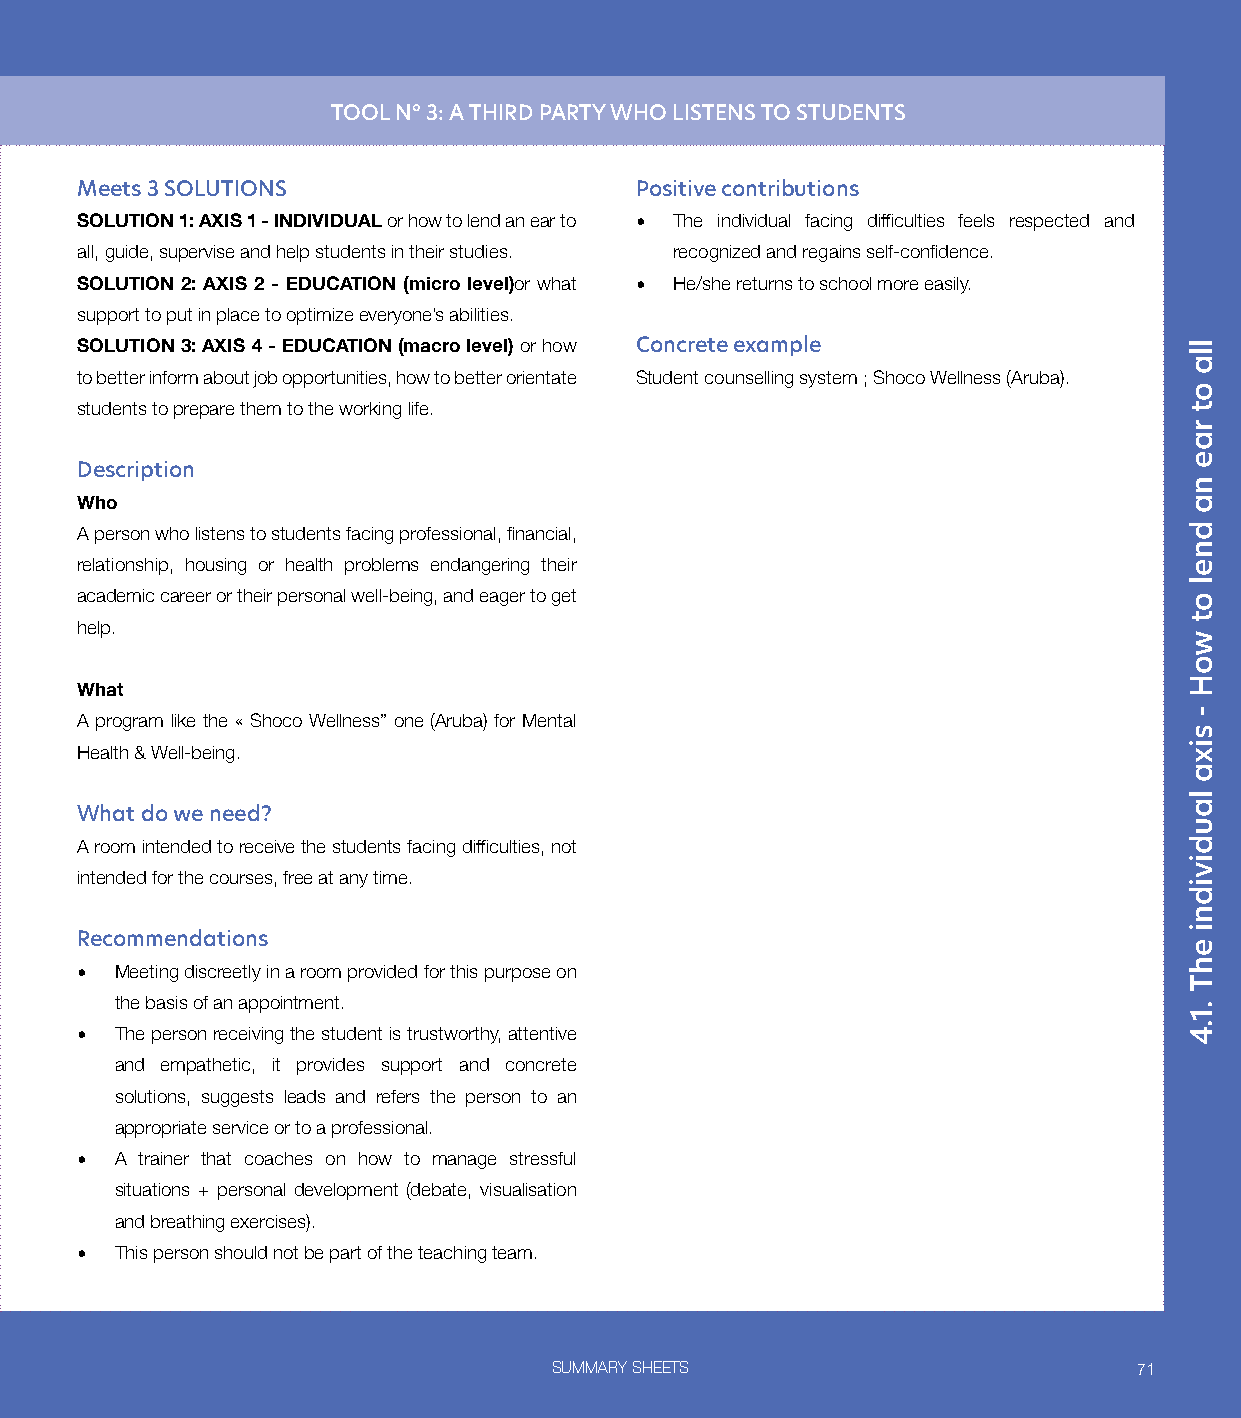
TOOL N° 3: A THIRD PARTY WHO LISTENS TO STUDENTS
 Meets 3 SOLUTIONS                    Positive contributions
 SOLUTION 1: AXIS 1 - INDIVIDUAL or how to lend an ear to • The individual facing difficulties feels respected and
 all, guide, supervise and help students in their studies. recognized and regains self-confidence.
 SOLUTION 2: AXIS 2 - EDUCATION (micro level)or what • He/she returns to school more easily.
 support to put in place to optimize everyone’s abilities.
 SOLUTION 3: AXIS 4 - EDUCATION (macro level) or how Concrete example
 to better inform about job opportunities, how to better orientate Student counselling system ; Shoco Wellness (Aruba).
 students to prepare them to the working life.
 Description
 Who
 A person who listens to students facing professional, financial,
 relationship, housing or health problems endangering their
 academic career or their personal well-being, and eager to get
 help.
 What
 A program like the « Shoco Wellness” one (Aruba) for Mental
 Health & Well-being.
 What do we need?
 A room intended to receive the students facing difficulties, not
 intended for the courses, free at any time.
 Recommendations
 •  Meeting discreetly in a room provided for this purpose on
 the basis of an appointment.
 •  The person receiving the student is trustworthy, attentive
 and empathetic, it provides support and concrete
 solutions, suggests leads and refers the person to an
 appropriate service or to a professional.
 •  A trainer that coaches on how to manage stressful
 situations + personal development (debate, visualisation
 and breathing exercises).
 •  This person should not be part of the teaching team.
 SUMMARY SHEETS                        71
 lla
 ot
 rae
 na
 dnel
 ot
 woH
 -
 sixa
 laudividni
 ehT
 .1.4